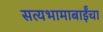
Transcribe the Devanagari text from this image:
सत्यभामाबाईंचा